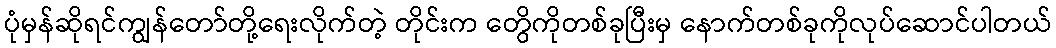
ပုံမှန်ဆိုရင်ကျွန်တော်တို့ရေးလိုက်တဲ့ တိုင်းက တွေိကိုတစ်ခုပြီးမှ နောက်တစ်ခုကိုလုပ်ဆောင်ပါတယ်